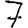
Digit: 7